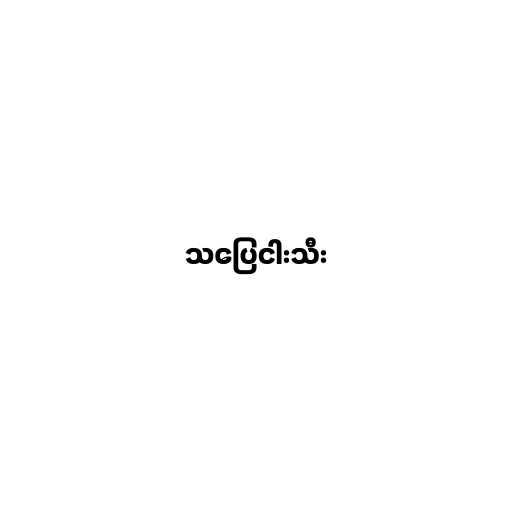
သပြေငါးသီး